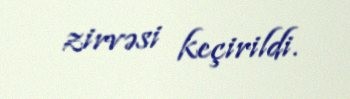
zirvəsi keçirildi.